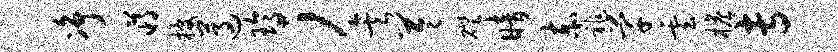
净蒋披遵玲；矣苓磴暗赤祚芊云檐专